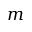
m